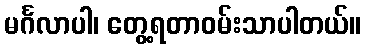
မင်္ဂလာပါ၊ တွေ့ရတာဝမ်းသာပါတယ်။